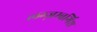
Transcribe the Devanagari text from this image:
लग्ज़म्बर्गिश